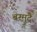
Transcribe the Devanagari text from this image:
बरमुदै